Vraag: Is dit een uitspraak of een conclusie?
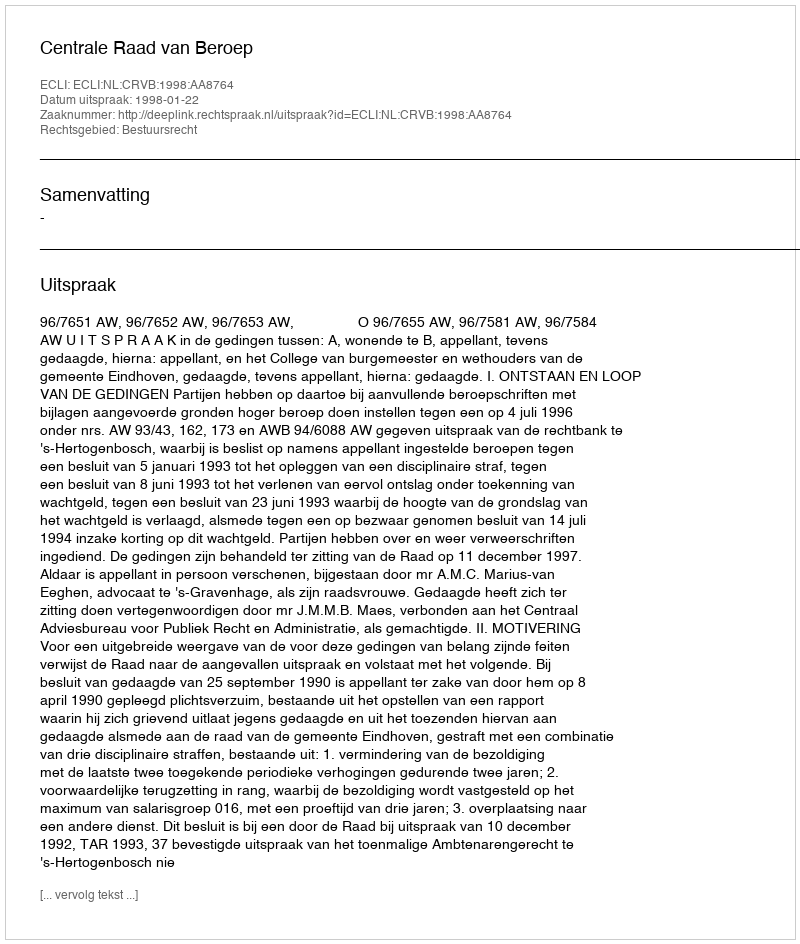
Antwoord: Uitspraak